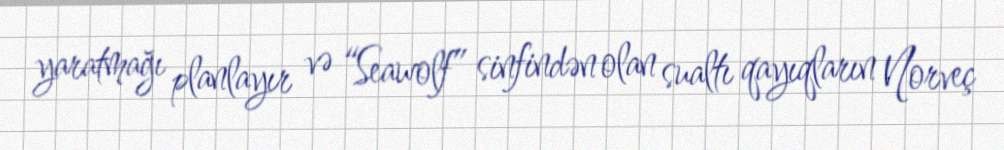
yaratmağı planlayır və “Seawolf” sinfindən olan sualtı qayıqların Norveç